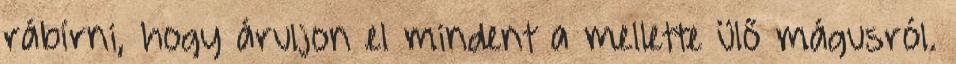
rábírni, hogy áruljon el mindent a mellette ülő mágusról.